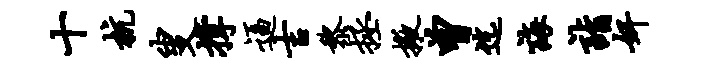
十杭叟撑逼吉黎拯掖曾迄诲诣奸